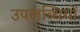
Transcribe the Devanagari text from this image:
उपलब्‍धियों